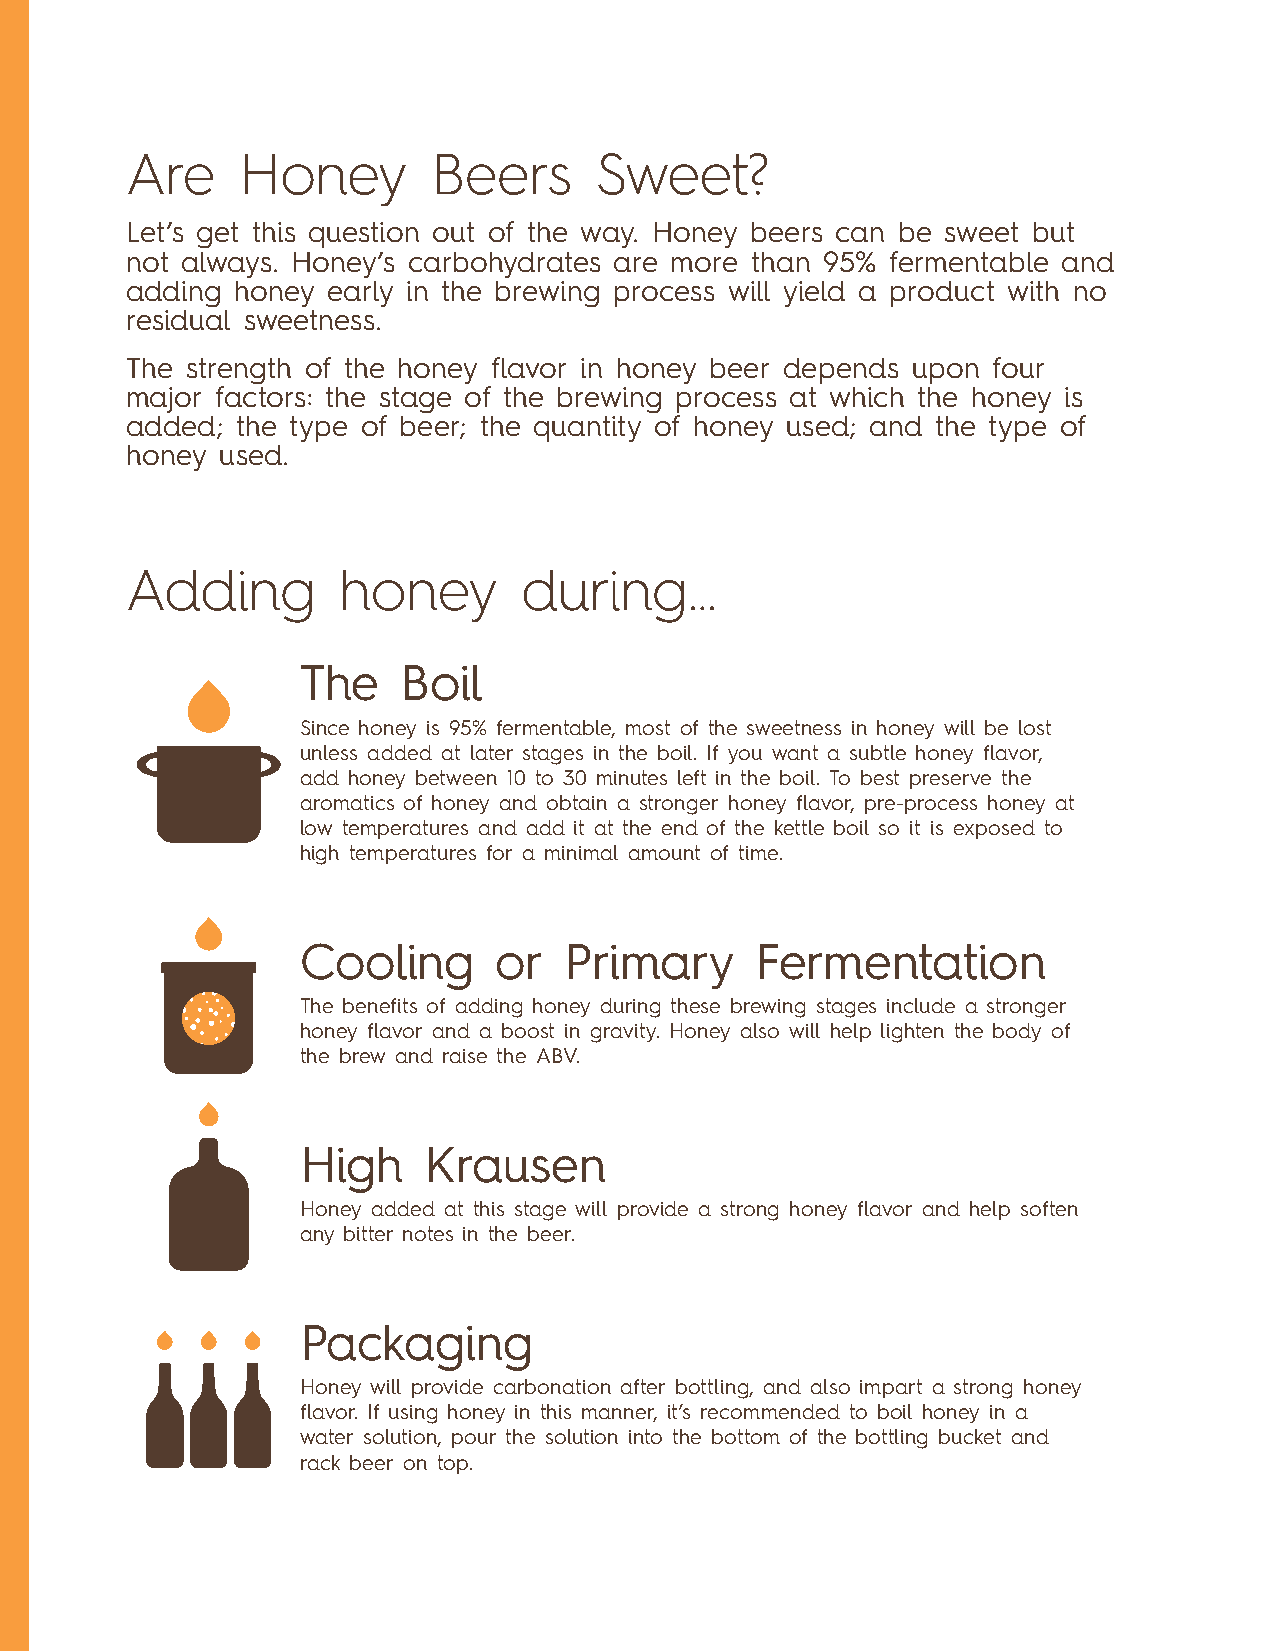
Are     Honey        Beers     Sweet?
 Let’s get this question out of the way. Honey beers can be sweet but
 not always. Honey’s carbohydrates are more than 95% fermentable and
 adding honey  early in the brewing process will yield a product with no
 residual sweetness.
 The strength of the honey flavor in honey beer depends upon four
 major factors: the stage of the brewing process at which the honey is
 added;  the type of beer; the quantity of honey used; and the type of
 honey  used.
 Adding        honey        during...
 The    Boil
 Since honey is 95% fermentable, most of the sweetness in honey will be lost
 unless added at later stages in the boil. If you want a subtle honey flavor,
 add honey between 10 to 30 minutes left in the boil. To best preserve the
 aromatics of honey and obtain a stronger honey flavor, pre-process honey at
 low temperatures and add it at the end of the kettle boil so it is exposed to
 high temperatures for a minimal amount of time.
 Cooling      or  Primary      Fermentation
 The benefits of adding honey during these brewing stages include a stronger
 honey flavor and a boost in gravity. Honey also will help lighten the body of
 the brew and raise the ABV.
 High    Krausen
 Honey added at this stage will provide a strong honey flavor and help soften
 any bitter notes in the beer.
 Packaging
 Honey will provide carbonation after bottling, and also impart a strong honey
 flavor. If using honey in this manner, it’s recommended to boil honey in a
 water solution, pour the solution into the bottom of the bottling bucket and
 rack beer on top.